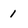
Character: 1